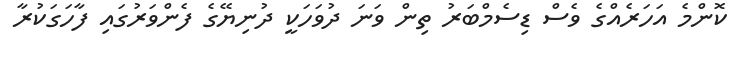
ކޮންމެ އަހަރެއްގެ ވެސް ޑިސެމްބަރު ތިން ވަނަ ދުވަހަކީ ދުނިޔޭގެ ފެންވަރުގައި ފާހަގަކުރާ